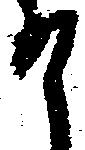
召